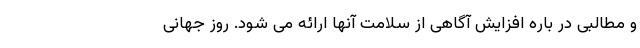
و مطالبی در باره افزایش آگاهی از سلامت آنها ارائه می شود. روز جهانی